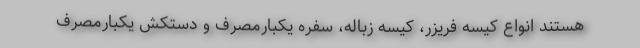
هستند انواع کیسه فریزر، کیسه زباله، سفره یکبارمصرف و دستکش یکبارمصرف